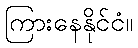
ကြားနေနိုင်ငံ။